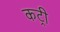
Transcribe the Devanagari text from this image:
कट्री